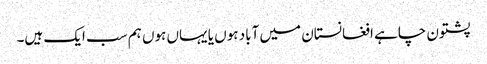
پشتون چاہے افغانستان میں آباد ہوں یا یہاں ہوں ہم سب ایک ہیں۔